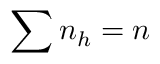
\sum { n _ { h } } = n